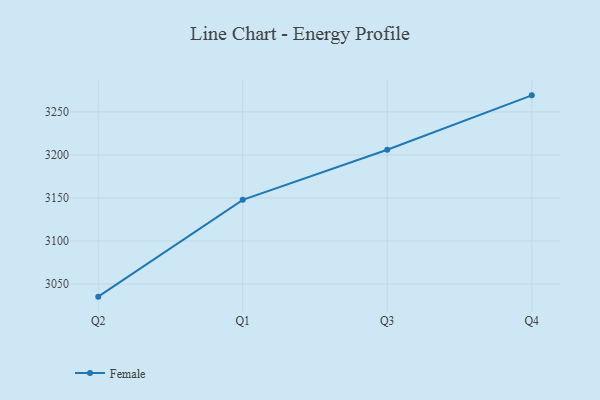
{"axis": {"x": "Quarter", "y": "Revenue (USD Million)"}, "legend": ["Female"], "data": [{"x": "Q2", "y": 3035.3, "type": "Female"}, {"x": "Q1", "y": 3147.8, "type": "Female"}, {"x": "Q3", "y": 3206.1, "type": "Female"}, {"x": "Q4", "y": 3269.3, "type": "Female"}]}